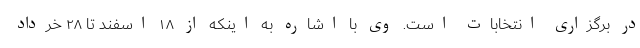
در برگزاری انتخابات است. وی با اشاره به اینکه از ۱۸ اسفند تا ۲۸ خرداد